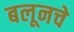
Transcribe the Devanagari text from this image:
बलूनचे